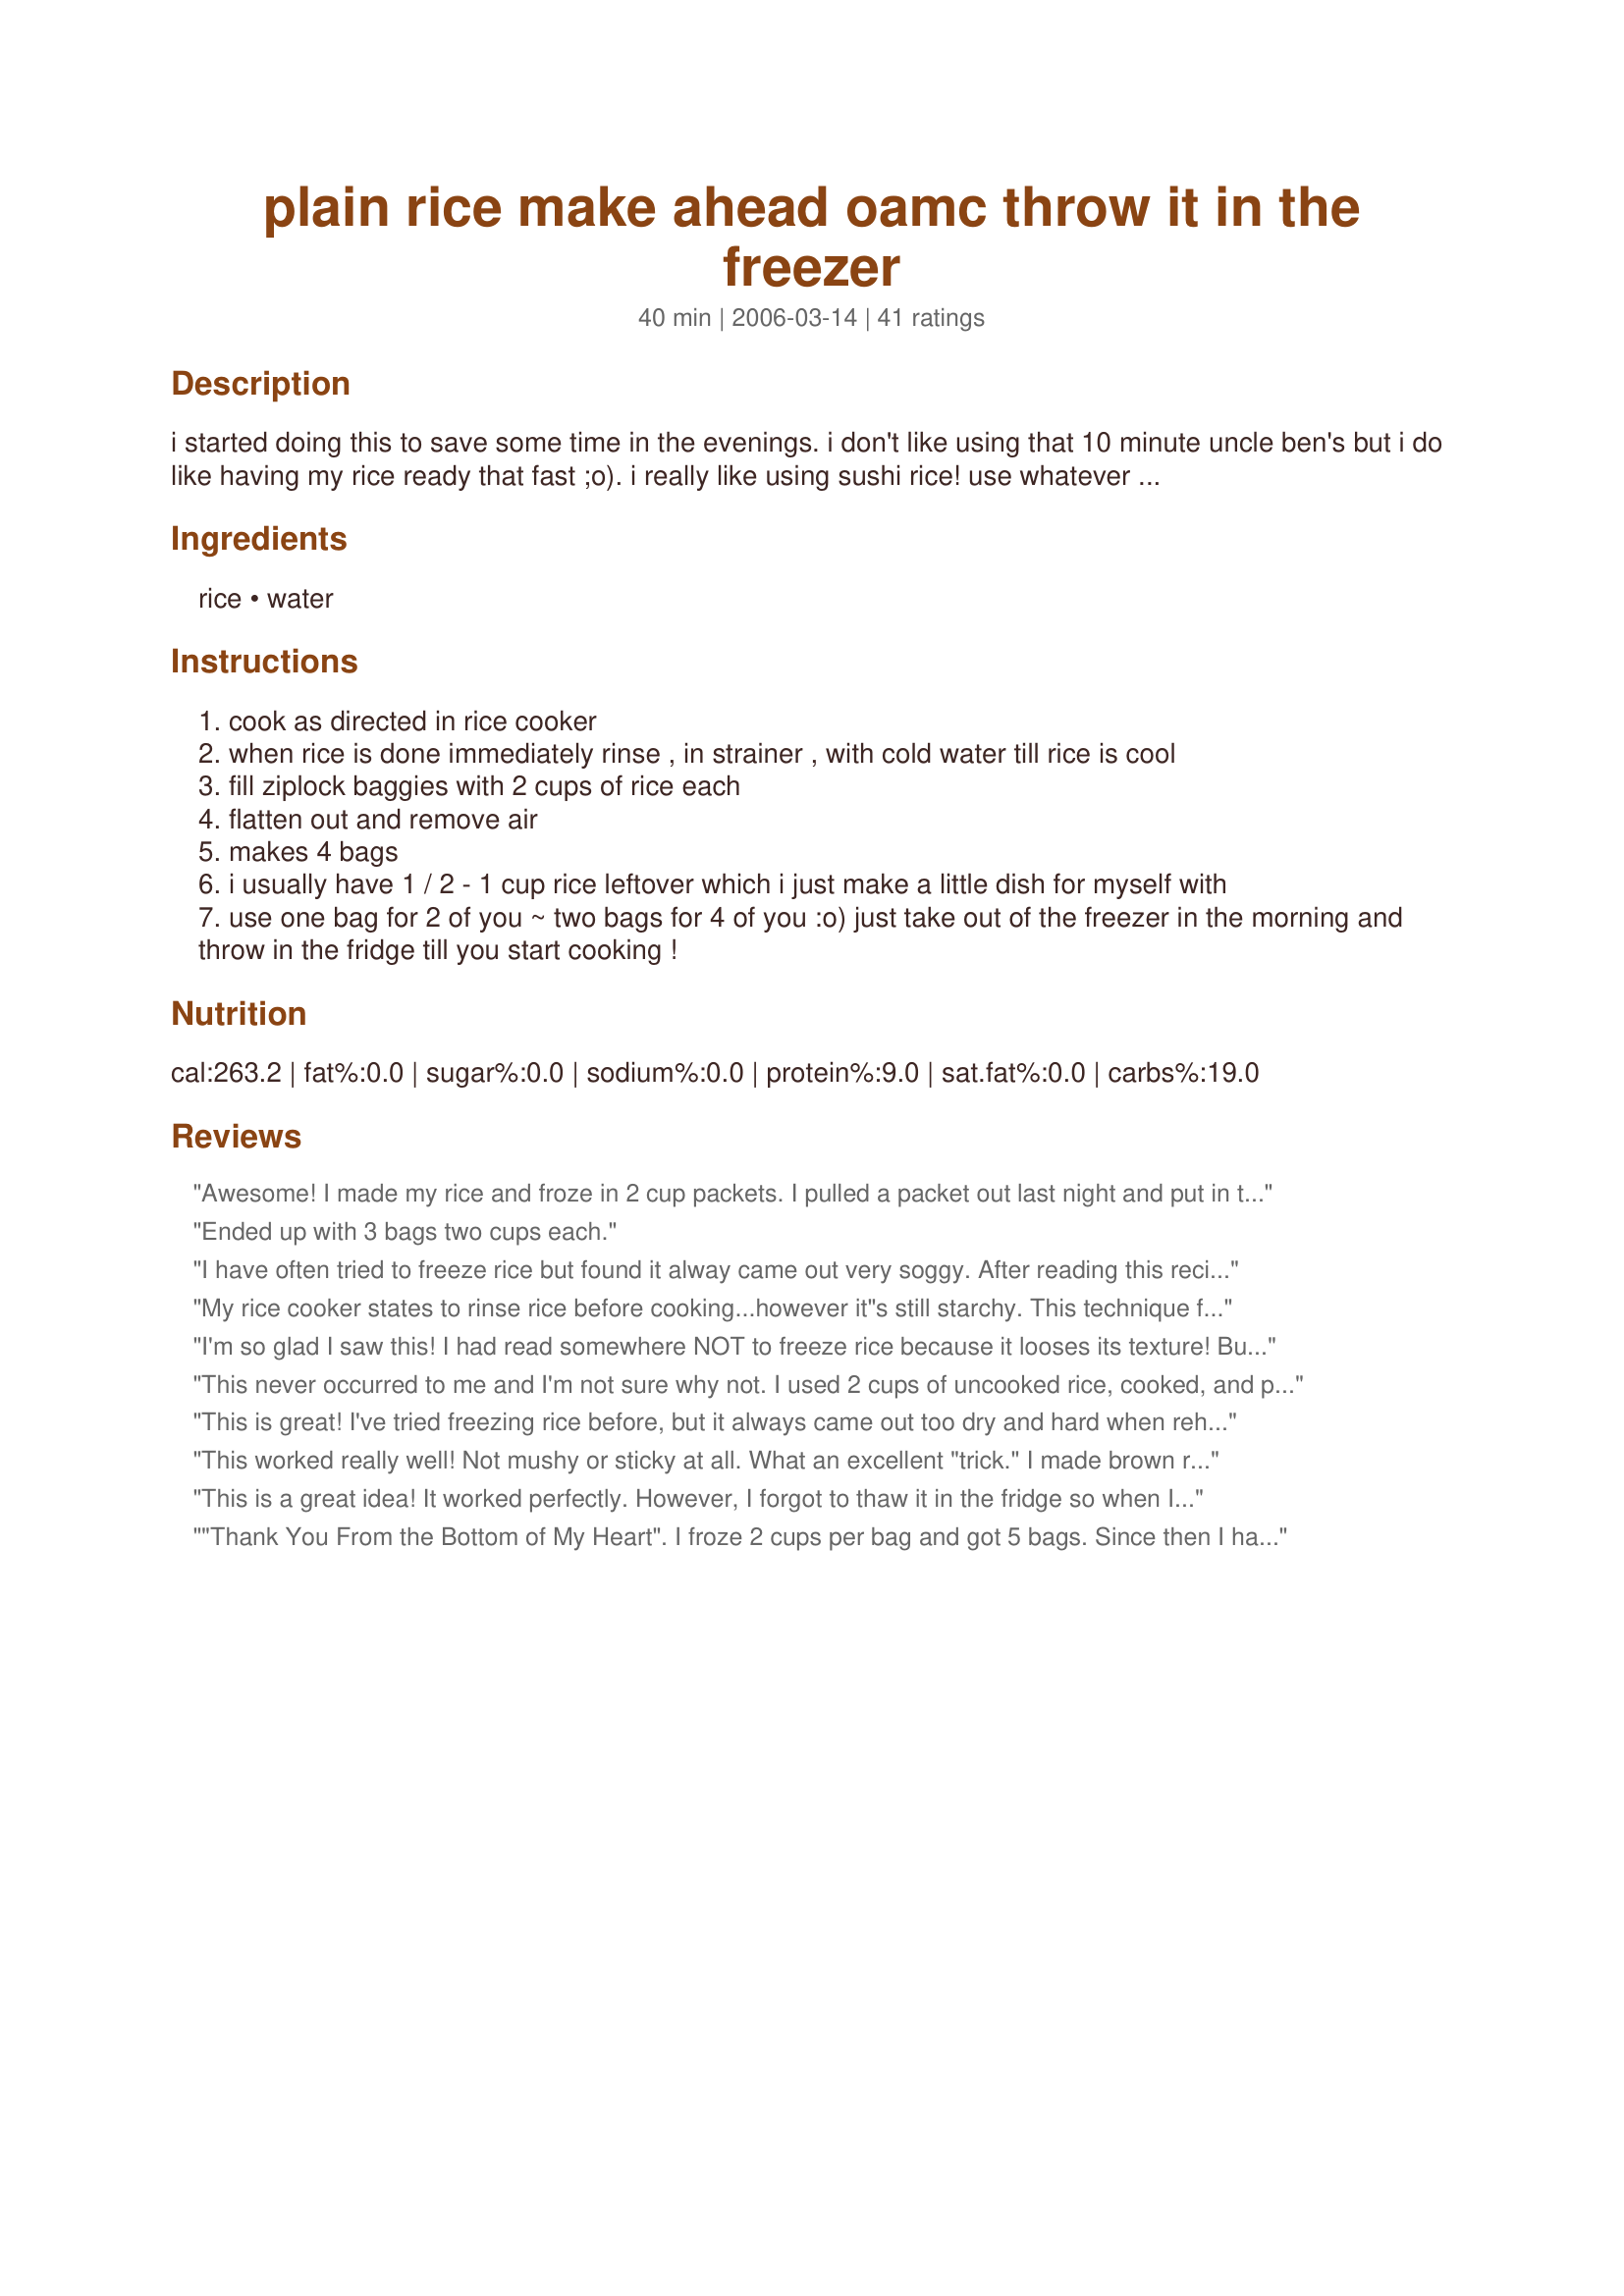
plain rice make ahead oamc throw it in the freezer
Preparation time: 40 minutes

i started doing this to save some time in the evenings. i don't like using that 10 minute uncle ben's but i do like having my rice ready that fast ;o). i really like using sushi rice! use whatever rice you prefer!

Ingredients:
rice, water

Steps:
cook as directed in rice cooker
when rice is done immediately rinse , in strainer , with cold water till rice is cool
fill ziplock baggies with 2 cups of rice each
flatten out and remove air
makes 4 bags
i usually have 1 / 2 - 1 cup rice leftover which i just make a little dish for myself with
use one bag for 2 of you ~ two bags for 4 of you :o) just take out of the freezer in the morning and throw in the fridge till you start cooking !

Reviews:
Awesome! I made my rice and froze in 2 cup packets. I pulled a packet out last night and put in the microwave for five minutes and had perfect rice. Thanks so much!
Ended up with 3 bags two cups each.
I have often tried to freeze rice but found it alway came out very soggy. After reading this recipe I realised why, not washing to stop the cooking. I often make sushi rice and freeze it for those evening where I crave sushi but cant be bothered to make up a whole batch. I used White basmati for this wich worked fine and plan to do some brown very soon. It is worth mentioning for the "greener" cooks among us that firstly once thawed you cant refreeze the rice (for example if you made a OMAC dish you wanted to freeze) and secondly once thawed and heated it cannot be heated again (for example if you made chilli and had some left over for lunch, you couldn't heat it up again)
My rice cooker states to rinse rice before cooking...however it"s still starchy. This technique finally gave me no starch. Thanks...
I'm so glad I saw this! I had read somewhere NOT to freeze rice because it looses its texture! But after seeing these reviews, it must be a VERY OKAY thing to do! Thanks so much for posting! I'm off to cook up some rice! This will be AWESOME come winter for the "on-the-fly" 10 min chicken and rice soup! Bye bye Instant!
This never occurred to me and I'm not sure why not. I used 2 cups of uncooked rice, cooked, and put into sandwich bags. I then put them into the freezer bags with my cut up fresh broccoli and froze. When it was was time for stir fry, I microwaved the rice in a bowl for about a minute or so, and then made fried rice. This is exactly what I needed for fried rice especially since its best to use day old/cold rice. I'll continue doing this.
This is great! I've tried freezing rice before, but it always came out too dry and hard when reheated and I'd have to add liquid to make it eatable. I've used this method with dainty short grain brown rice. I made 8 - 1/2 cup (snack size bags) at oncea. I'm on a diet and it calls for 1/2 cup rice every day, so this is a great timesaver!
This worked really well! Not mushy or sticky at all. What an excellent "trick." I made brown rice using weak (homemade) chicken stock and put it in gallon size freezer bags, spread into a very thin flat layer so that I can break off chunks as I need it (read that tip somewhere else). I microwaved it right from frozen and it was great.
This is a great idea! It worked perfectly. However, I forgot to thaw it in the fridge so when I was needing it, I microwaved it for 5 minutes, like another reviewer said. Great every time. (tried this 3 times so far) I don't like the minute rice either, so I am glad to have this back up plan. Thanks.
"Thank You From the Bottom of My Heart". I froze 2 cups per bag and got 5 bags. Since then I have used the rice with Chilli, made my version of Lazy Stuffed Cabbage & had it with Chicken & Vegetable Stir Fry. The rice was perfect every time when thawed and heated. While I love to cook from "scratch", it's nice to find a healthy short cut. This is a "keeper".
I have been doing this for a while now......never thought to post it so other knew also. Works great everytime. When I need to make rice because freezer is empty, I usually cook a whole bag and then package and freeze into meal size portions and individual portions for a fast lunch, just add left over meats.
I would never have figured this out on my own! It's such a time saver.
This is a great idea.
This works like a charm! I love the price on large bags of rice, but I hate having to wait 45-50 minutes for it to be ready for dinner. Now I've got enough rice for 3 dinners in the freezer and still saved money! The rice turns out wonderfully - the BF couldn't even tell it had come out of the freezer! (He just asked how I managed to cook the rice so fast - shhh! It's a secret!) Thanks, for the great idea!
This technique works perfectly. Thank you for posting. While I don't tend to use the rice to serve as dinner such as for red beans and rice, I do find it works great for things like fried rice, casseroles calling for cooked rice and in lunches. The texture does change some in the freezing, but being such a great time saver I don't care.
Great idea & far better than the processed instant rice in the store! Thanks so much!
I read that if you chill the rice in the fridge first, and then put in bags to freeze, it keeps the rice from thawing out sticky.
This worked exceptionally well. I made an extra large batch of rice in my rice cooker, rinsed it and bagged it! I worked amazingly well!
So Simple. . .So Smart. . .
Quick, easy and a great time saver. I used instant brown rice and it came out great.
What a great idea! I have so many recipes that I can make up ahead and just need some rice to finish it. I will make this now and put it in the freezer for the next time I need some rice. Thanks for a great idea to make my life run a little smoother.
Love this!!! SO EASY!!! When I'm making rice for dinner, I up the amount so that I can restock the freezer. I freeze 3c amounts (best for my family) ... just take straight from the freezer and put in the microwave for 5 min and you have perfect rice every time!!!
Thank you for a very good time saver. I do this all the time now.
Wow, this is a TEN star tip and works like a charm. I filled both the sandwich size zip lock bags for 2 of us and a few snack size for when I want rice for myself. Thanks so much for posting.
This is so simple, but I always had the problem of my frozen rice not being the right consistency upon thawing. This rice is just perfect; in fact, I think it turns out better after being frozen and reheated than the rice seems to be when it's freshly cooked! The grains are all perfectly separated and fluffy. I have made this with both jasmine and basmati rice.
I love this recipe. I think it is important to not overcook the rice. I let mine go a little too long and it was soft after thawing. I lso used a vacuum sealer. I wonder if the vacuum sealer works against us here... compacting the rice. It might be better to not use a vacuum sealer. Next time I will try without it. This is a great way to have a quick side dish. Heat up some frozen veggies and mix with the rice and some butter. Takes 5-8 minutes of microwaving and we have a starch and veggie!
Worked great, but after I thawed it, it seemed a bit 'crumbly', and the texture was not what I expected. I'll try again, as it was nice to have such a staple prepared and waiting. Thanks!
This is a great idea and so easy. I give it 5 stars, even though I didn't do mine right.....can we say read directions first?!? I didn't rinse to stop cooking. I went ahead and froze it, and I haven't tried it yet but I think mine will be sticky.
This worked out great! I used 2 cups of rice to 4 cups of water and now I have wonderful leftovers waiting in the freezer!
Love this so much! When I get home too tired or when I'm rushed in the morning and have no time to pack a lunch I take one of these out of the freezer, add frozen chicken and vegetables and throw it all into the microwave.
Great idea. Awesome time saver! Thanks!
This is one of those A-Ha recipes! I use this recipe for brown basmati and I cook it in chicken broth. No one should ever pay higher for quick cooking rice as this recipe lets you have good, high quality rice at your fingertips. I REALLY love this recipe and now keep stockpiles in my freezer for any old night.
What a wonderful tip- Thanks for sharing!!
What a great idea! I have my baggies in the freezer ready for me when I need them.I always rinse my rice really well in cold water before cooking and it turns out perfect.I also rinsed it after cooking following your directions and it is Perfect.
Thanks for posting this idea;my DH is a rice lover.
Rita
LOVE THIS! I used Jasmine Rice, put 2 cups cooked into cheap sandwich baggies, and put THOSE into a nicer zip-lock one to keep from freezer burn. I don't thaw - just take from freezer and put directly into microwave for 5 minutes or so. Has made eating rice SO convenient! Would make fresh for company as the texture of Jasmine is slightly altered, but perfect for meals for hubby and I. Am doing long-grain rice today and expect it to work just as great! THANKS!
This works so well; I do it with brown rice, which is healthier but I always disliked the 50 minute cooking time. Problem solved!! I didn't think 2 cups in a bag looked like enough last time, so I made it 3. Should have stuck with the recipe! For the two of us, a 2 cup bag is perfect for any meal, whether as a side dish or in a recipe that calls for precooked rice!
This is highly rated due to fact I am making rice for two dishes right now. Had I known this I would have had the rice ready. Thank You. I love rice and it is easy as can be. Hugs
What a clever idea! I cooked a huge batch of brown basmati which was being ignored in my cupboard. It takes a long time to prepare the brown basmatic (have to soak 25 minutes then cook another 25), so making it ahead and freezing was perfect. I've been taking a bag out every other day for one dish or another. Thank you for sharing this short cut!
Excellent idea! I made Lamb Curry Recipe #22275 for dinner tonight, and when noticed I had no rice in the cupboard. I remember I had some in the freezer - so had to zap it in the microwave straight from the freezer - and it turned out fantasic! Will always make sure I have plenty of rice in the freezer from now on. Thanks!
Very convenient and quick to make!! Only complaint was the rice was a little dry, but that may be my fault.
How is it I have not rated this one? I use this all the time after making my rice recipe#137364. The rice freezes wonderfully and reheats perfectly.
